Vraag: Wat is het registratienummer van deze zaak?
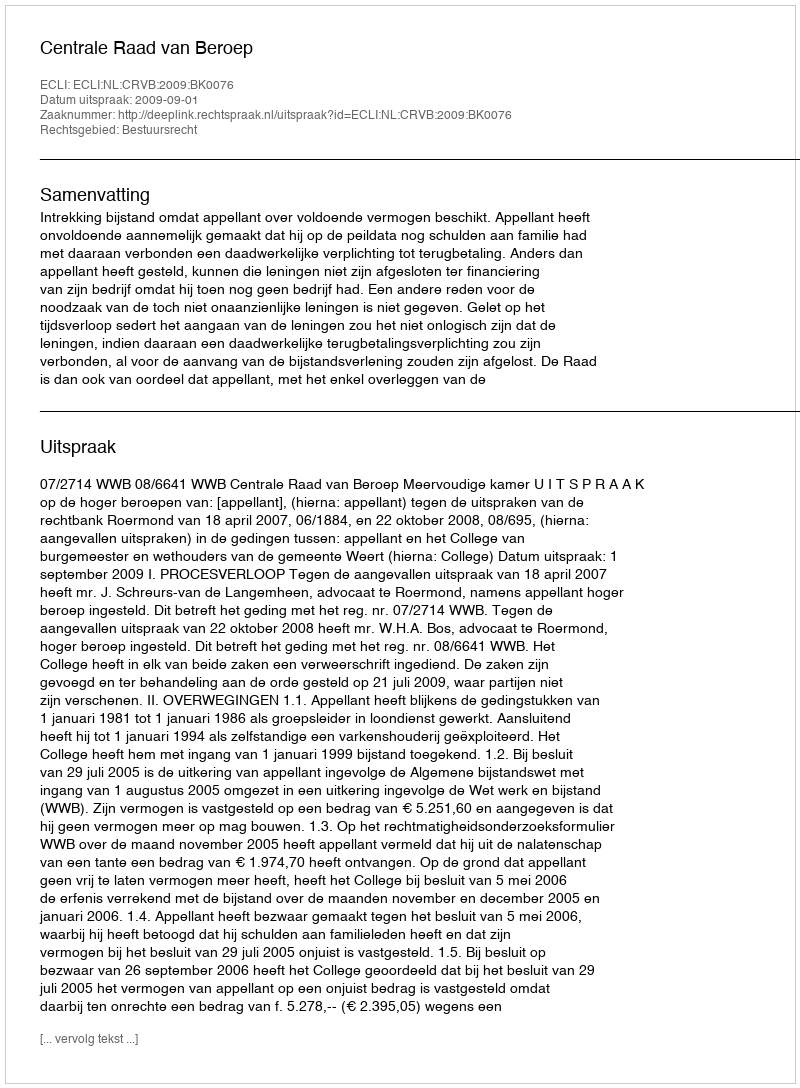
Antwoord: http://deeplink.rechtspraak.nl/uitspraak?id=ECLI:NL:CRVB:2009:BK0076